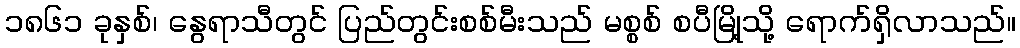
၁၈၆၁ ခုနှစ်၊ နွေရာသီတွင် ပြည်တွင်းစစ်မီးသည် မစ္စစ် စပီမြို့သို့ ရောက်ရှိလာသည်။